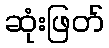
ဆုံးဖြတ်